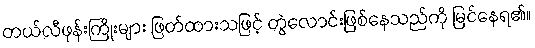
တယ်လီဖုန်းကြိုးများ ဖြတ်ထားသဖြင့် တွဲလောင်းဖြစ်နေသည်ကို မြင်နေရ၏။